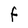
Character: F